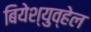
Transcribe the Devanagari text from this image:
बियेश्युव्हेल